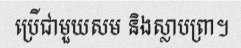
ប្រើជាមួយសម និងស្លាបព្រា។